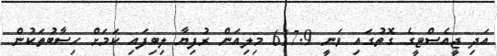
އަދި ޖީއެސްޓީގެ ގޮތުގައި ވަނީ 617.9 މިލިއަން ރުފިޔާ ލިބިފައި ކަމަށް ހިސާބުތަކުން